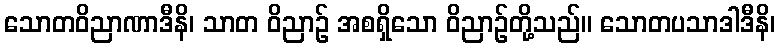
သောတဝိညာဏာဒီနိ၊ သာတ ဝိညာဉ် အစရှိသော ဝိညာဉ်တို့သည်။ သောတပသာဒါဒီနိ၊